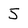
Character: 5